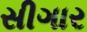
સીગાર